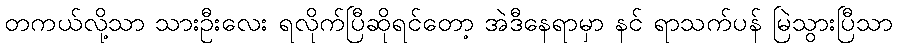
တကယ်လို့သာ သားဦးလေး ရလိုက်ပြီဆိုရင်တော့ အဲဒီနေရာမှာ နင် ရာသက်ပန် မြဲသွားပြီသာ